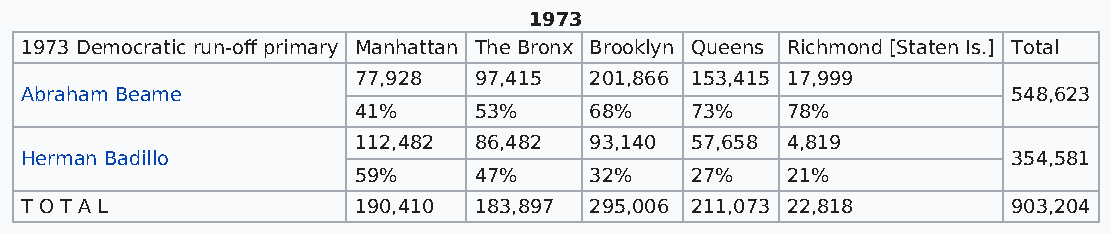
1973
 1973 Democratic run-off primary Manhattan The Bronx Brooklyn Queens Richmond [Staten Is.] Total
 77,928  97,415  201,866 153,415 17,999
 Abraham Beame                                                     548,623
 41%     53%     68%    73%   78%
 112,482 86,482  93,140 57,658 4,819
 Herman Badillo                                                    354,581
 59%     47%     32%    27%   21%
 T O T A L             190,410 183,897 295,006 211,073 22,818      903,204